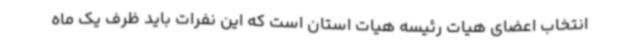
انتخاب اعضای هیات رئیسه هیات استان است که این نفرات باید ظرف یک ماه